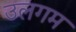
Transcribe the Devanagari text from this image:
उलगम